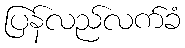
ပြန်လည်လက်ခံ